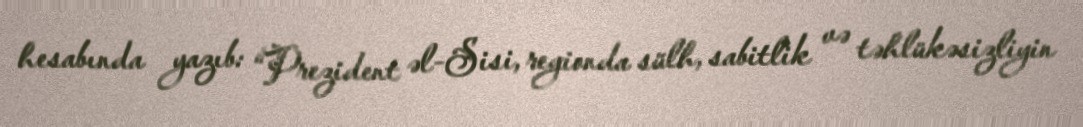
hesabında yazıb: “Prezident əl-Sisi, regionda sülh, sabitlik və təhlükəsizliyin